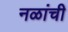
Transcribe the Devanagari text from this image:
नळांची